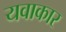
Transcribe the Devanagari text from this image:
यवाकार